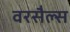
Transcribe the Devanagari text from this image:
वरसैल्स